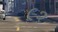
૯૨